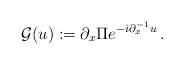
LaTeX: \begin{align*}\mathcal G(u) : = \partial_x \Pi e^{-i \partial_x^{-1}u}\, .\end{align*}